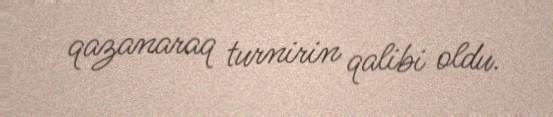
qazanaraq turnirin qalibi oldu.